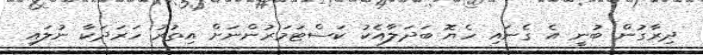
ދިރާގުން ބުނީ އެ ގެނައި ހެޔޮ ބަދަލާއެކު ކަސްޓަމަރުންނަށް އިތުރު ހަރަދަކާ ނުލައި